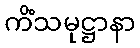
ကိံသမုဋ္ဌာနာ